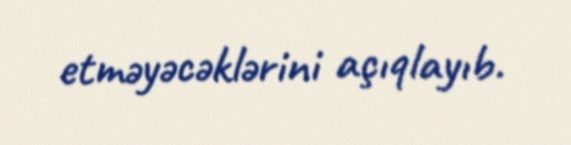
etməyəcəklərini açıqlayıb.